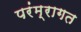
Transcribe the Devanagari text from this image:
परंम्रागत